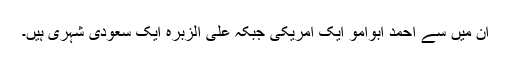
ان میں سے احمد ابوامو ایک امریکی جبکہ علی الزبرہ ایک سعودی شہری ہیں۔